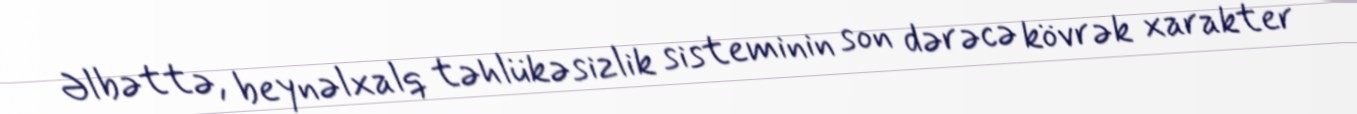
Əlbəttə, beynəlxalq təhlükəsizlik sisteminin son dərəcə kövrək xarakter